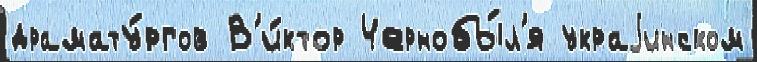
драмату́ргов В'и́ктор Чернобы́л'я украjинском